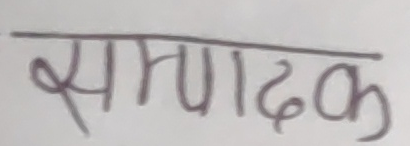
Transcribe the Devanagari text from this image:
सम्पादक